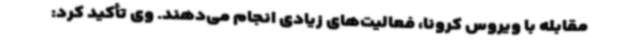
مقابله با ویروس کرونا، فعالیت‌های زیادی انجام می‌دهند. وی تأکید کرد: